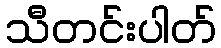
သီတင်းပါတ်